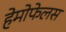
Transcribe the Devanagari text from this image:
हेमोफेलस